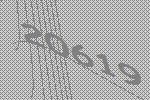
20619